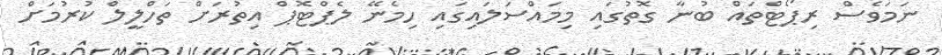
ނަމަވެސް ރިޕޯޓްތައް ބުނާ ގޮތުގައި މިމައްސަލައިގައި ހިމެނޭ ލެޕްޓޮޕް އިތުރަށް ތަހްލީލް ކުރުމަށް